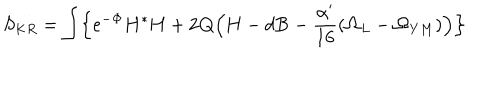
LaTeX: S _ { K R } = \int \Bigl \{ e ^ { - { \bf \Phi } } { \bf H } { ^ { * } { \bf H } } + 2 { \bf Q } \Bigl ( { \bf H } - d { \bf B } - \frac { \alpha ^ { \prime } } { 1 6 } ( { \bf \Omega } _ { L } - { \bf \Omega } _ { Y M } ) \Bigr ) \Bigr \}